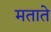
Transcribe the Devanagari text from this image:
मताते